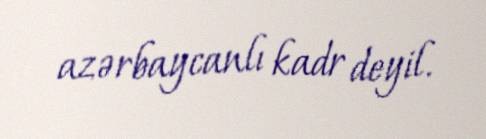
azərbaycanlı kadr deyil.